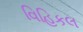
વિહિકલ